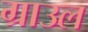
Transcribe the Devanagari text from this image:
ग्राउल